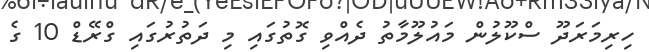
ހިރިމަރަދޫ ސްކޫލުން މައުލޫމާތު ދެއްވި ގޮތުގައި މި ދަތުރުގައި ގްރޭޑް 10 ގެ